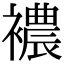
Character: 襛